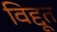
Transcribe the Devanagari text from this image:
विद्दूत